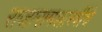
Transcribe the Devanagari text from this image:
राजारामशास्त्रींचे